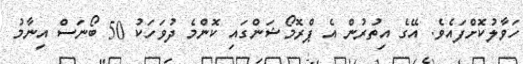
ހަވާލުކޮށްފައެވެ. އޭގެ އިތުރުން އެ ޕްރޮމޯޝަންގައި ކޮންމެ ދުވަހަކު 50 ބޯނަސް އިނާމު